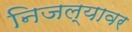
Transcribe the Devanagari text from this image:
निजल्यावर